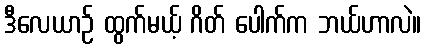
ဒီလေယာဉ် ထွက်မယ့် ဂိတ် ပေါက်က ဘယ်ဟာလဲ။